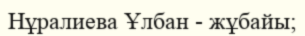
Нұралиева Ұлбан - жұбайы;